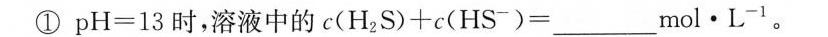
①pH=13时，溶液中的$$c ( H _ { 2 } S ) + c ( H S ^ { - } ) = ___ m o l · L ^ { - 1 }$$。